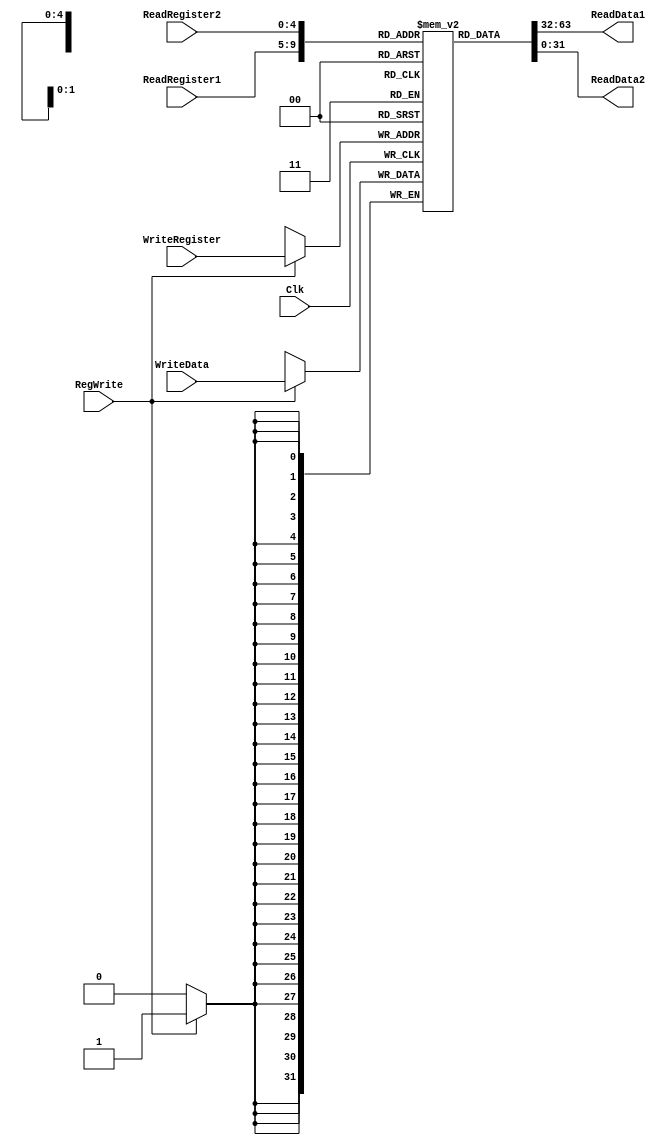
module RegisterFile(ReadRegister1, ReadRegister2, WriteRegister, WriteData,RegWrite, Clk, ReadData1, ReadData2);
  input [4:0] ReadRegister1, ReadRegister2; // Two registers to be read
  input [4:0] WriteRegister; // Register address to write into
  input [31:0] WriteData; // Data to be written into WriteRegister
  input RegWrite; // RegWrite control signal. Data is written only when this signal is enabled
  input Clk;
  output [31:0] ReadData1, ReadData2;

  reg [31:0] RegFile[0:31];

  assign ReadData1 = RegFile[ReadRegister1];
  assign ReadData2 = RegFile[ReadRegister2];

  always @(posedge Clk) begin
    if (RegWrite == 1'b1) begin
      RegFile[WriteRegister] <= WriteData;
    end
  end
endmodule